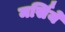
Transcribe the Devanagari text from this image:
मर्सिये